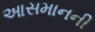
આસમાનની